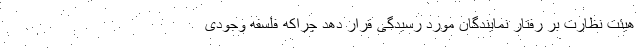
هیئت نظارت بر رفتار نمایندگان مورد رسیدگی قرار دهد چراکه فلسفه وجودی